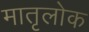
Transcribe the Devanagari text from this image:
मातृलोक